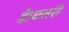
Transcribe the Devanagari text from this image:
है।छतरी